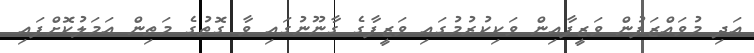
އަދި މުވައްޒަފުން ވަޒީފާއިން ވަކިކުރުމުގައި ވަޒީފާގެ ގާނޫނުގައި ވާ ގޮތުގެ މަތިން އަމަލުކޮށްފައި